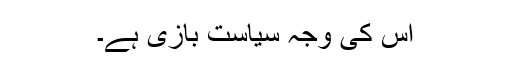
اس کی وجہ سیاست بازی ہے۔